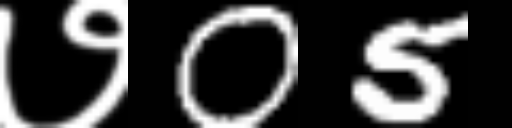
Text: ७05